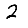
Digit: 2